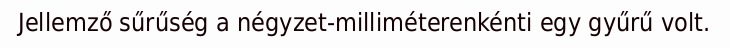
Jellemző sűrűség a négyzet-milliméterenkénti egy gyűrű volt.